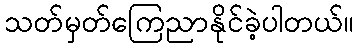
သတ်မှတ်ကြေညာနိုင်ခဲ့ပါတယ်။